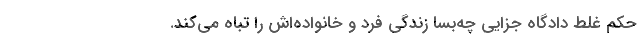
حکم غلط دادگاه جزایی چه‌بسا زندگی فرد و خانواده‌اش را تباه می‌کند.